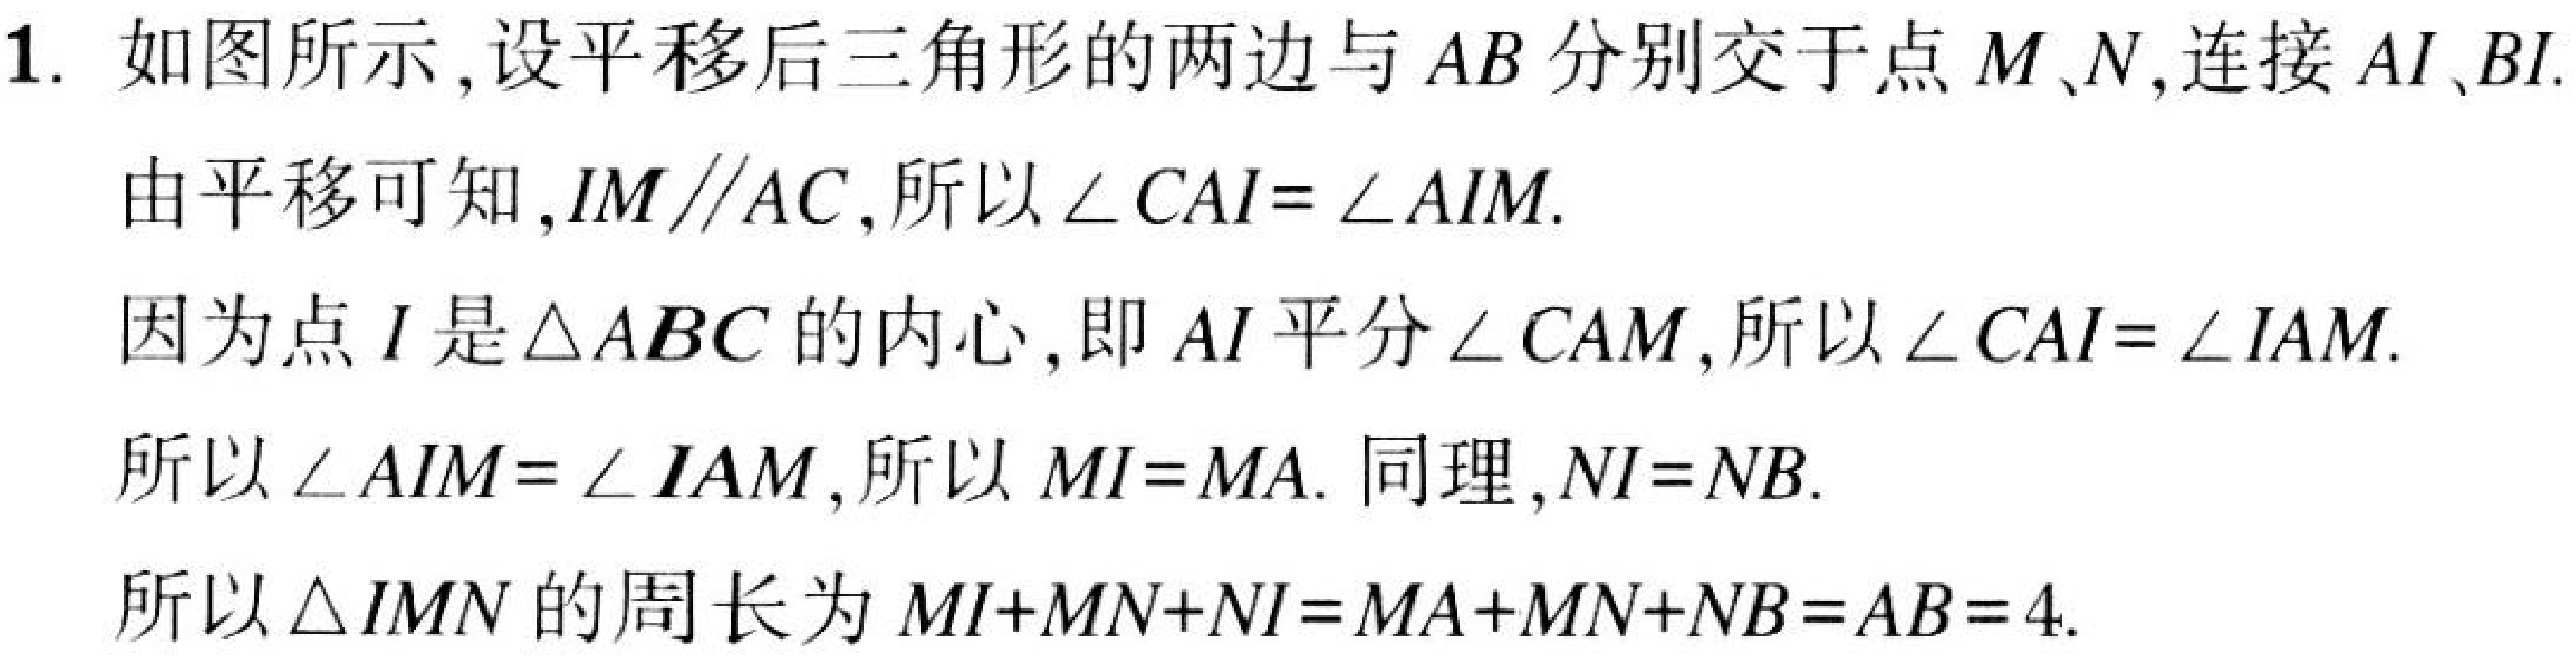
1. 如图所示,设平移后三角形的两边与\(AB\)分别交于点\(M\)、\(N\),连接\(AI\)、\(BI\).
由平移可知,\(IM\parallel AC\),所以\(\angle CAI = \angle AIM\).
因为点\(I\)是\(\triangle ABC\)的内心,即\(AI\)平分\(\angle CAM\),所以\(\angle CAI=\angle IAM\).
所以\(\angle AIM = \angle IAM\),所以\(MI = MA\). 同理,\(NI = NB\).
所以\(\triangle IMN\)的周长为\(MI + MN+NI=MA + MN + NB=AB = 4\).